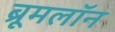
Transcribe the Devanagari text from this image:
ब्रूमलॉन